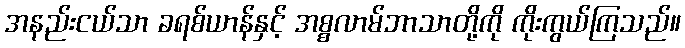
အနည်းငယ်သာ ခရစ်ယာန်နှင့် အစ္စလာမ်ဘာသာတို့ကို ကိုးကွယ်ကြသည်။